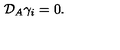
{ \cal { D } } _ { A } \gamma _ { i } = 0 .